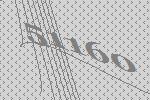
51160